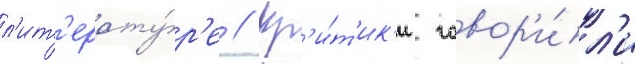
л'ит'ерату́р'е // Кр'и́т'ик'и говор'и́л'и